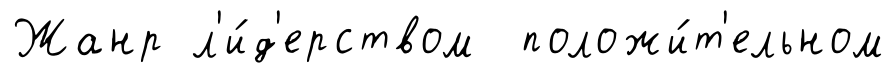
Жанр л'и́д'ерством положи́т'ельном